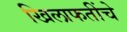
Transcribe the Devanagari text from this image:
खिलाफतींचे